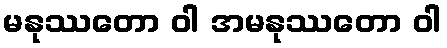
မနုဿတော ဝါ အမနုဿတော ဝါ